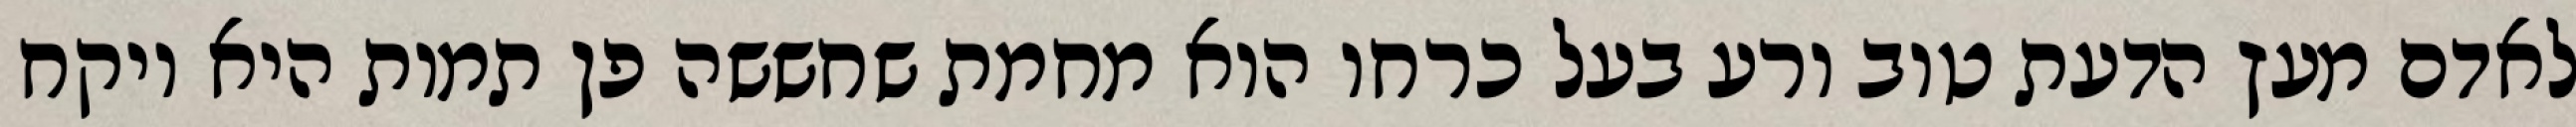
לאדם מעץ הדעת טוב ורע בעל כרחו הוא מחמת שחששה פן תמות היא ויקח